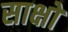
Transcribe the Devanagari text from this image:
साक्षों